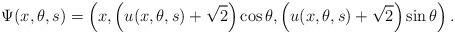
LaTeX: \begin{align*}\Psi(x,\theta,s)=\left(x,\left(u(x,\theta,s)+\sqrt{2}\right)\cos\theta,\left(u(x,\theta,s)+\sqrt{2}\right)\sin\theta\right).\end{align*}